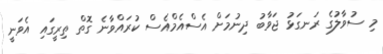
މި ސުވާލުގެ ރަނގަޅު ޖަވާބު ދިނުމަށް އެސްއެމްއެސް ކުރައްވާނެ ގޮތް ތިރީގައި އެވަނީ